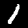
Label: 1